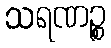
သရဏဉ္စ